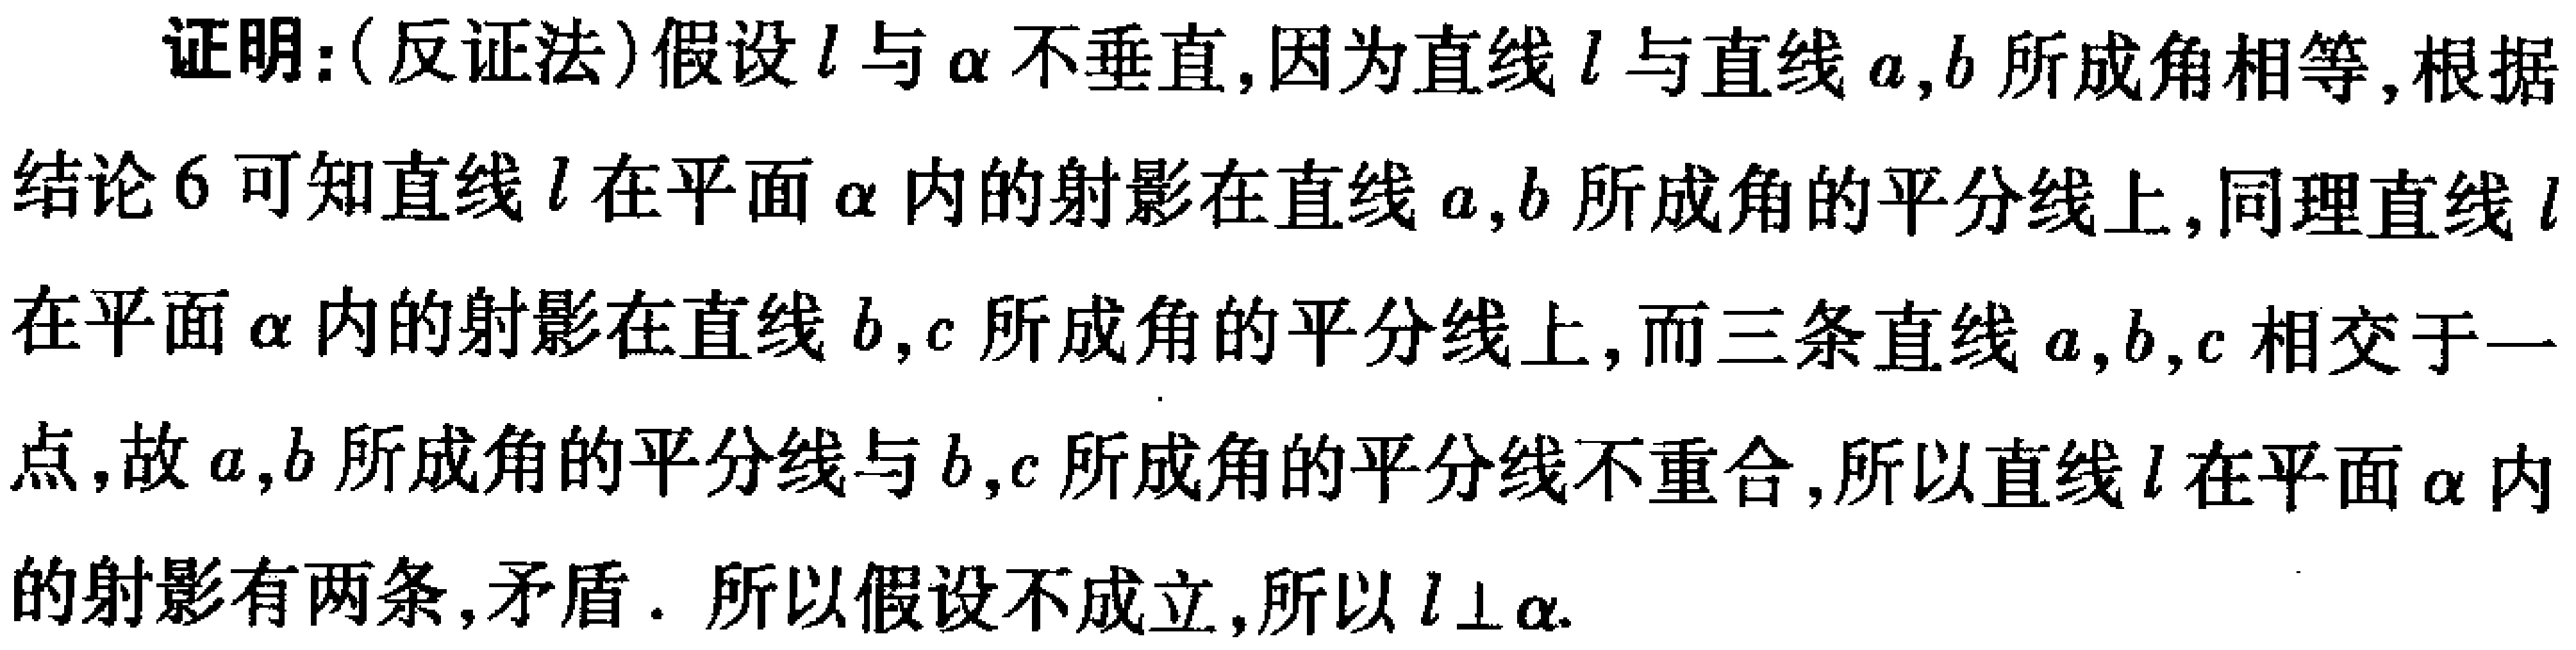
证明：(反证法)假设\(l\)与\(\alpha\)不垂直,因为直线\(l\)与直线\(a,b\)所成角相等,根据结论\(6\)可知直线\(l\)在平面\(\alpha\)内的射影在直线\(a,b\)所成角的平分线上,同理直线\(l\)在平面\(\alpha\)内的射影在直线\(b,c\)所成角的平分线上,而三条直线\(a,b,c\)相交于一点,故\(a,b\)所成角的平分线与\(b,c\)所成角的平分线不重合,所以直线\(l\)在平面\(\alpha\)内的射影有两条,矛盾. 所以假设不成立,所以\(l\perp\alpha\).